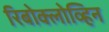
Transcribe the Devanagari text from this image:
रिबोक्लोव्हिन